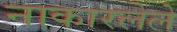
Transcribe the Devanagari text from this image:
नाकारलेले